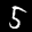
Label: 5